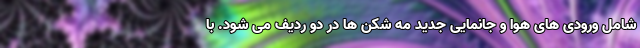
شامل ورودی های هوا و جانمایی جدید مه شکن ها در دو ردیف می شود. با